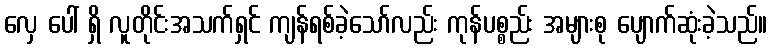
လှေ ပေါ် ရှိ လူတိုင်းအသက်ရှင် ကျန်ရစ်ခဲ့သော်လည်း ကုန်ပစ္စည်း အများစု ပျောက်ဆုံးခဲ့သည်။